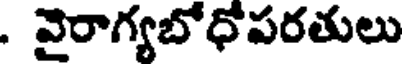
. వైరాగ్యబోధోపరతులు